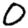
Digit: 0